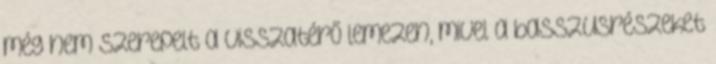
még nem szerepelt a visszatérő lemezen, mivel a basszusrészeket